Report on inoculation in the plague infected areas of the Punjab and its dependencies from October 1900 to September 1901
Year: 1900
Disease focus: Plague
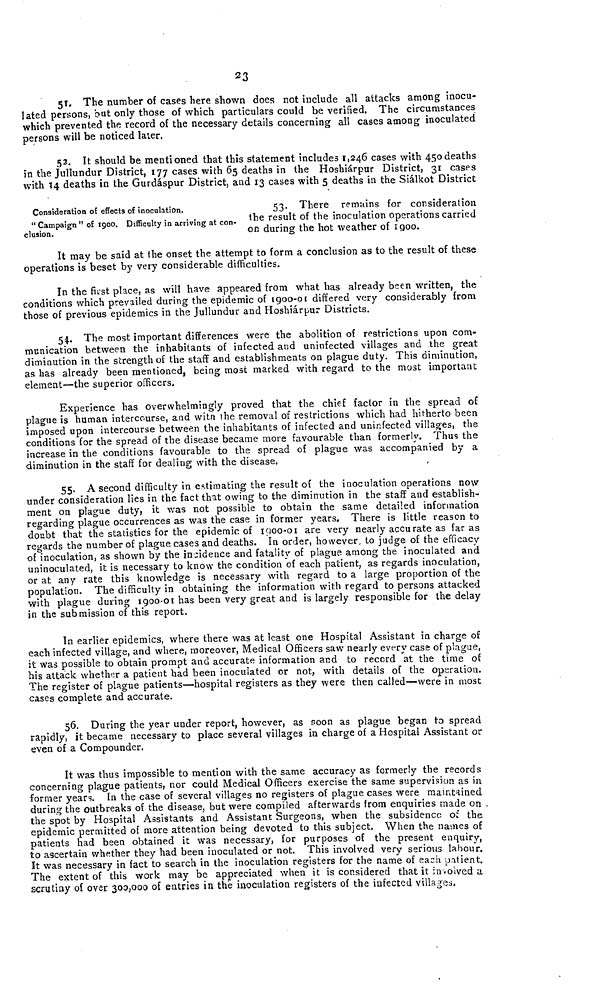
23
5f. The number of cases here shown does not include all attacks among inocu-
lated persons, but only those of which particulars could be verified. The circumstances
which prevented the record of the necessary details concerning all cases among inoculated
persons will be noticed later.
52. It should be mentioned that this statement includes 1,246 cases with 450 deaths
in the Jullundur District, 177 cases with 65 deaths in the Hoshiárpur District, 31 cases
with 14 deaths in the Gurdáspur District, and 13 cases with 5 deaths in the Siálkot District
Consideration of effects of inoculation.
" Campaign " of 1900. Difficulty in arriving at con-
clusion.
53. There remains for consideration
the result of the inoculation operations carried
on during the hot weather of 1900.
It may be said at the onset the attempt to form a conclusion as to the result of these
operations is beset by very considerable difficulties.
In the first place, as will have appeared from what has already been written, the
conditions which prevailed during the epidemic of 1900-01 differed very considerably from,
those of previous epidemics in the Jullundur and Hoshiárpur Districts.
54. The most important differences were the abolition of restrictions upon com-
munication between the inhabitants of infected and uninfected villages and the great
diminution in the strength of the staff and establishments on plague duty. This diminution,
as has already been mentioned, being most marked with regard to the most important
element—the superior officers.
Experience has overwhelmingly proved that the chief factor in the spread of
plague is human intercourse, and with the removal of restrictions which had hitherto been
imposed upon intercourse between the inhabitants of infected and uninfected villages, the
conditions for the spread of the disease became more favourable than formerly. Thus the
increase in the conditions favourable to the spread of plague was accompanied by a
diminution in the staff for dealing with the disease,
55. A second difficulty in estimating the result of the inoculation operations now
under consideration lies in the fact that owing to the diminution in the staff and establish-
ment on plague duty, it was not possible to obtain the same detailed information
regarding plague occurrences as was the case in former years. There is little reason to
doubt that the statistics for the epidemic of 1900-01 are very nearly accurate as far as
regards the number of plague cases and deaths. In order, however, to judge of the efficacy
of inoculation, as shown by the incidence and fatality of plague among the inoculated and
uninoculated, it is necessary to know the condition of each patient, as regards inoculation,
or at any rate this knowledge is necessary with regard to a large proportion of the
population. The difficulty in obtaining the. information with regard to persons attacked
with plague during 1900-01 has been very great and is largely responsible for the delay
in the submission of this report.
In earlier epidemics, where there was at least one Hospital Assistant in charge of
each infected village, and where, moreover, Medical Officers saw nearly every case of plague,
it was possible to obtain prompt and accurate information and to record at the time of
his attack whether a patient had been inoculated or not, with details of the operation.
The register of plague patients—hospital registers as they were then called—were in most
cases complete and accurate.
56. During the year under report, however, as soon as plague began to spread
rapidly, it became necessary to place several villages in charge of a Hospital Assistant or
even of a Compounder.
It was thus impossible to mention with the same accuracy as formerly the records
concerning plague patients, nor could Medical Officers exercise the same supervision as in
former years. In the case of several villages no registers of plague cases were maintained
during the outbreaks of the disease, but were compiled afterwards from enquiries made on
the spot by Hospital Assistants and Assistant Surgeons, when the subsidence of the
epidemic permitted of more attention being devoted to this subject, When the names of
patients had been obtained it was necessary, for purposes of the present enquiry,
to ascertain whether they had been inoculated or not. This involved very serious labour.
It was necessary in fact to search in the inoculation registers for the name of each patient.
The extent of this work may be appreciated when it is considered that it involved a
scrutiny of over 300,000 of entries in the inoculation registers of the infected villages,